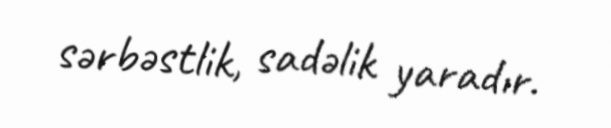
sərbəstlik, sadəlik yaradır.